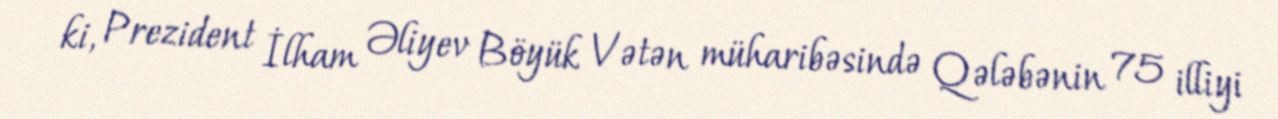
ki, Prezident İlham Əliyev Böyük Vətən müharibəsində Qələbənin 75 illiyi